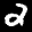
Label: 2